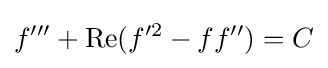
f'''+\operatorname {Re} (f'^{2}-ff'')=C